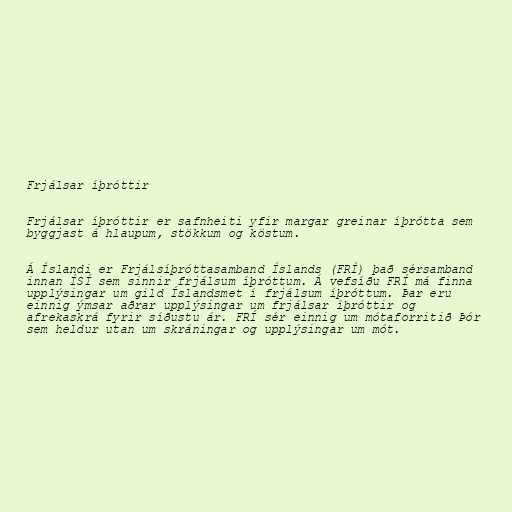
Frjálsar íþróttir

Frjálsar íþróttir er safnheiti yfir margar greinar íþrótta sem
byggjast á hlaupum, stökkum og köstum.

Á Íslandi er Frjálsíþróttasamband Íslands (FRÍ) það sérsamband
innan ÍSÍ sem sinnir frjálsum íþróttum. Á vefsíðu FRÍ má finna
upplýsingar um gild Íslandsmet í frjálsum íþróttum. Þar eru
einnig ýmsar aðrar upplýsingar um frjálsar íþróttir og
afrekaskrá fyrir síðustu ár. FRÍ sér einnig um mótaforritið Þór
sem heldur utan um skráningar og upplýsingar um mót.